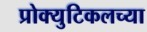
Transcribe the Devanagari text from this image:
प्रोक्युटिकलच्या